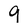
Character: 9